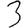
Digit: 3